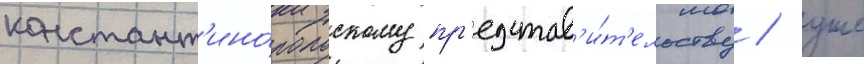
констант'ино́польскому пр'едстав'и́т'ельству / уже